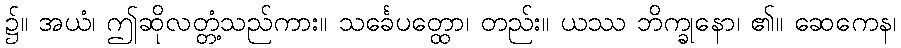
၌။ အယံ၊ ဤဆိုလတ္တံ့သည်ကား။ သင်္ခေပတ္ထော၊ တည်း။ ယဿ ဘိက္ခုနော၊ ၏။ ဆေကေန၊